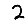
Digit: 2